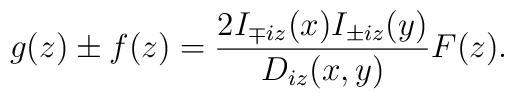
g(z)\pm f(z)=\frac{2I_{\mp iz}(x)I_{\pm iz}(y)}{D_{iz}(x,y)}F(z).